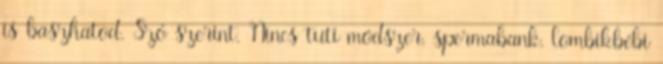
is baszhatod. Szó szerint. Nincs tuti módszer, spermabank, lombikbébi